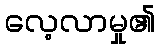
လေ့လာမှု၏